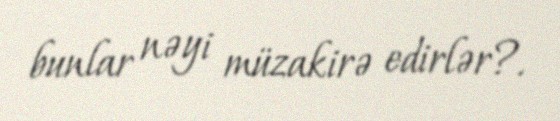
bunlar nəyi müzakirə edirlər?.